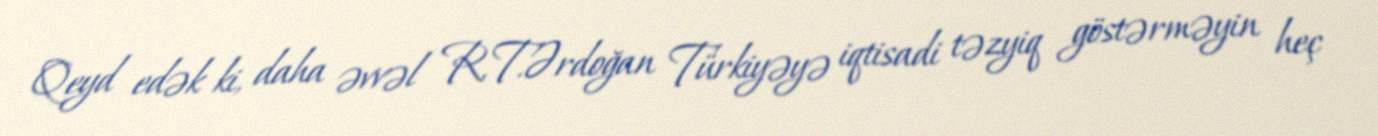
Qeyd edək ki, daha əvvəl R.T.Ərdoğan Türkiyəyə iqtisadi təzyiq göstərməyin heç